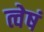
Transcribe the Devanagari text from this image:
त्वेषं